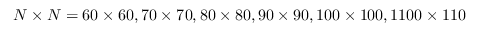
N \times N = 6 0 \times 6 0 , 7 0 \times 7 0 , 8 0 \times 8 0 , 9 0 \times 9 0 , 1 0 0 \times 1 0 0 , 1 1 0 0 \times 1 1 0